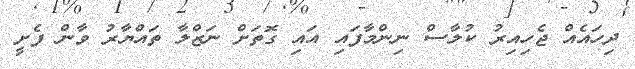
ދިހައެއް ޖެހިއިރު ކުލާސް ނިންމާފައި އައި ގޮތަށް ނަޒްލާ ތައްޔާރު ވާން ފެށީ